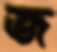
জ